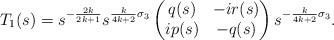
LaTeX: \begin{align*}T_1(s)=s^{-\frac{2k}{2k+1}} s^{\frac{k}{4k+2}\sigma_3} \begin{pmatrix}q(s)&-i r(s)\\i p(s)&-q(s)\end{pmatrix}s^{-\frac{k}{4k+2}\sigma_3}.\end{align*}